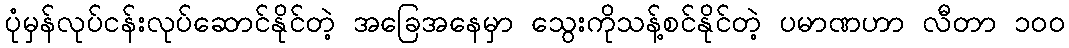
ပုံမှန်လုပ်ငန်းလုပ်ဆောင်နိုင်တဲ့ အခြေအနေမှာ သွေးကိုသန့်စင်နိုင်တဲ့ ပမာဏဟာ လီတာ ၁၀၀